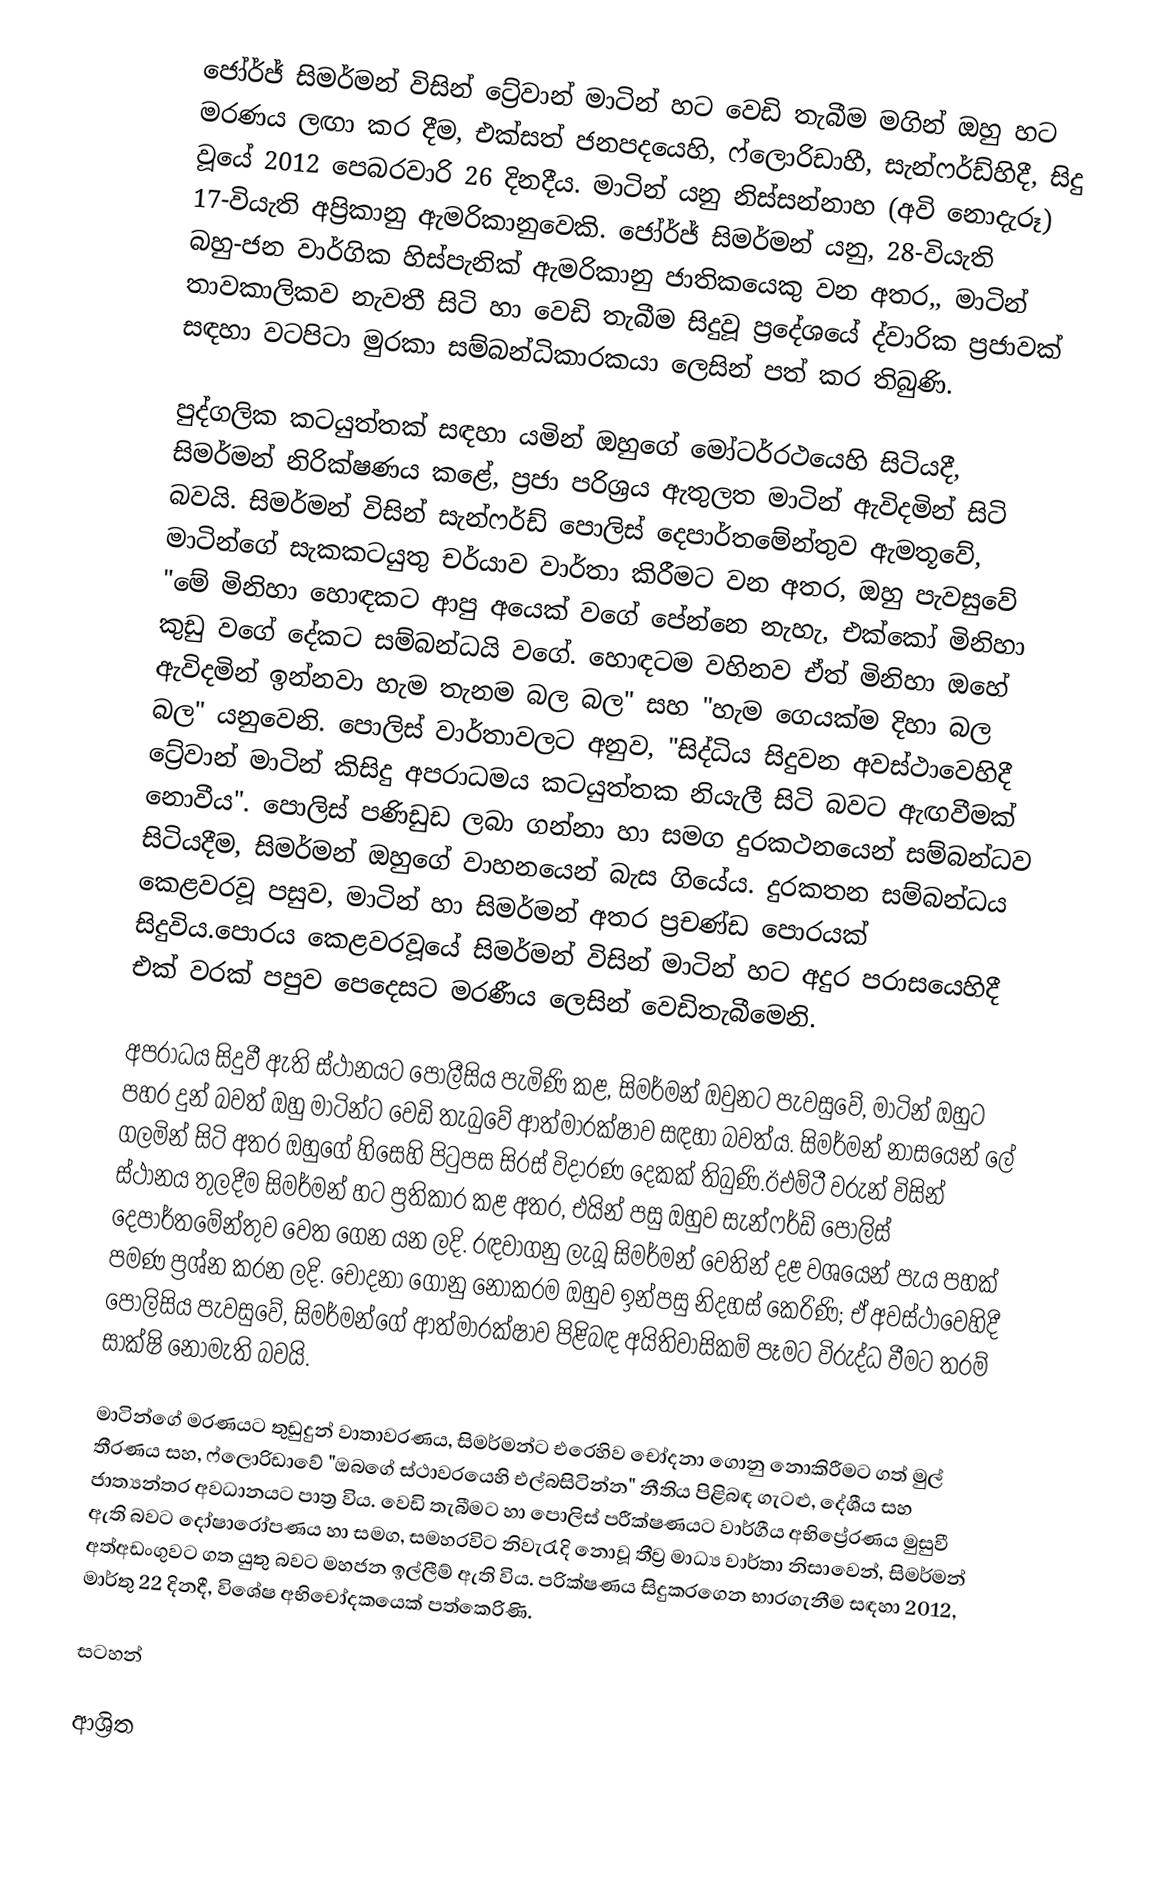
ජෝර්ජ් සිමර්මන් විසින්   ට්‍රේවාන් මාටින් හට වෙඩි තැබීම  මගින් ඔහු හට මරණය ලඟා කර දීම,  එක්සත් ජනපදයෙහි, ෆ්ලොරිඩාහී, සැන්ෆර්ඩ්හිදී, සිදු වූයේ 2012 පෙබරවාරි 26 දිනදීය. මාටින් යනු නිස්සන්නාහ (අවි නොදැරූ)  17-වියැති  අප්‍රිකානු ඇමරිකානුවෙකි. ජෝර්ජ් සිමර්මන් යනු, 28-වියැති බහු-ජන වාර්ගික හිස්පැනික් ඇමරිකානු ජාතිකයෙකු වන අතර,, මාටින් තාවකාලිකව නැවතී සිටි හා වෙඩි තැබීම සිදුවූ ප්‍රදේශයේ ද්වාරික ප්‍රජාවක් සඳහා වටපිටා මුරකා සම්බන්ධිකාරකයා ලෙසින්  පත් කර තිබුණි.

පුද්ගලික කටයුත්තක් සඳහා යමින් ඔහුගේ මෝටර්රථයෙහි සිටියදී, සිමර්මන් නිරික්ෂණය කළේ, ප්‍රජා පරිශ්‍රය ඇතුලත  මාටින් ඇවිදමින් සිටි බවයි. සිමර්මන් විසින් සැන්ෆර්ඩ් පොලිස් දෙපාර්තමේන්තුව ඇමතූවේ, මාටින්ගේ සැකකටයුතු චර්යාව වාර්තා කිරීමට වන අතර, ඔහු පැවසුවේ "මේ මිනිහා හොඳකට ආපු අයෙක් වගේ පේන්නෙ නැහැ, එක්කෝ මිනිහා කුඩු වගේ දේකට සම්බන්ධයි වගේ. හොඳටම වහිනව ඒත් මිනිහා ඔහේ ඇවිදමින් ඉන්නවා හැම තැනම බල බල" සහ  "හැම ගෙයක්ම දිහා බල බල" යනුවෙනි.    පොලිස් වාර්තාවලට අනුව, "සිද්ධිය සිදුවන අවස්ථාවෙහිදී ට්‍රේවාන් මාටින් කිසිදු අපරාධමය කටයුත්තක නියැලී සිටි බවට ඇඟවීමක් නොවීය".   පොලිස් පණිඩුඩ ලබා ගන්නා හා සමග දුරකථනයෙන් සම්බන්ධව සිටියදීම, සිමර්මන් ඔහුගේ වාහනයෙන් බැස ගියේය. දුරකතන සම්බන්ධය කෙළවරවූ පසුව, මාටින් හා සිමර්මන් අතර ප්‍රචණ්ඩ පොරයක් සිදුවිය.පොරය කෙළවරවූයේ සිමර්මන් විසින්  මාටින් හට අදුර පරාසයෙහිදී එක් වරක් පපුව පෙදෙසට  මරණීය ලෙසින් වෙඩිතැබීමෙනි.

අපරාධය සිදුවී ඇති ස්ථානයට පොලීසිය පැමිණි කළ, සිමර්මන් ඔවුනට පැවසුවේ, මාටින් ඔහුට පහර දුන් බවත් ඔහු මාටින්ට වෙඩි තැබුවේ  ආත්මාරක්ෂාව සඳහා බවත්ය.  සිමර්මන් නාසයෙන් ලේ ගලමින් සිටි අතර ඔහුගේ හිසෙහි පිටුපස සිරස්  විදාරණ දෙකක් තිබුණි.ඊඑම්ටී වරුන් විසින් ස්ථානය තුලදීම සිමර්මන් හට ප්‍රතිකාර කළ අතර, එයින් පසු ඔහුව සැන්ෆර්ඩ් පොලිස් දෙපාර්තමේන්තුව වෙත ගෙන යන ලදි. රඳවාගනු ලැබූ  සිමර්මන්  වෙතින් දළ වශයෙන් පැය පහක් පමණ ප්‍රශ්න කරන ලදි.  චෝදනා ගොනු නොකරම ඔහුව ඉන්පසු නිදහස් කෙරිණි; ඒ අවස්ථාවෙහිදී පොලිසිය පැවසුවේ, සිමර්මන්ගේ ආත්මාරක්ෂාව පිළිබඳ අයිතිවාසිකම් පෑමට විරුද්ධ වීමට තරම් සාක්ෂි නොමැති බවයි.

මාටින්ගේ මරණයට තුඩුදුන් වාතාවරණය, සිමර්මන්ට එරෙහිව චෝදනා ගොනු නොකිරීමට ගත් මුල් තීරණය සහ, ෆ්ලොරිඩාවේ "ඔබගේ ස්ථාවරයෙහි එල්බසිටින්න" නීතිය පිළිබඳ ගැටළු, දේශීය සහ ජාත්‍යන්තර අවධානයට පාත්‍ර විය. වෙඩි තැබීමට හා පොලිස් පරීක්ෂණයට වාර්ගීය අභිප්‍රේරණය මුසුවී ඇති බවට දෝෂාරෝපණය හා සමග, සමහරවිට නිවැරැදි නොවූ තීව්‍ර මාධ්‍ය වාර්තා නිසාවෙන්, සිමර්මන් අත්අඩංගුවට ගත යුතු බවට මහජන ඉල්ලීම් ඇති විය.  පරික්ෂණය සිදුකරගෙන භාරගැනීම සඳහා 2012, මාර්තු 22 දිනදී,  විශේෂ අභිචෝදකයෙක් පත්කෙරිණි.

සටහන්

ආශ්‍රිත